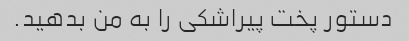
دستور پخت پیراشکی را به من بدهید.